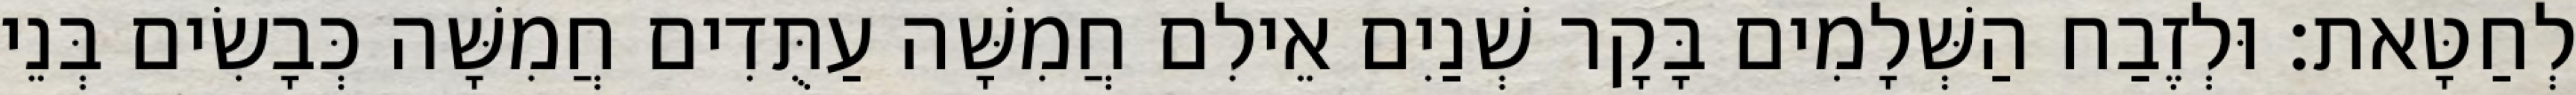
לְחַטָּאת׃ וּלְזֶבַח הַשְּׁלָמִים בָּקָר שְׁנַיִם אֵילִם חֲמִשָּׁה עַתֻּדִים חֲמִשָּׁה כְּבָשִׂים בְּנֵי